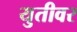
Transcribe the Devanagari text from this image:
युतीवर